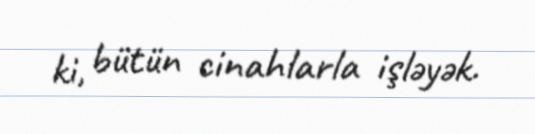
ki, bütün cinahlarla işləyək.